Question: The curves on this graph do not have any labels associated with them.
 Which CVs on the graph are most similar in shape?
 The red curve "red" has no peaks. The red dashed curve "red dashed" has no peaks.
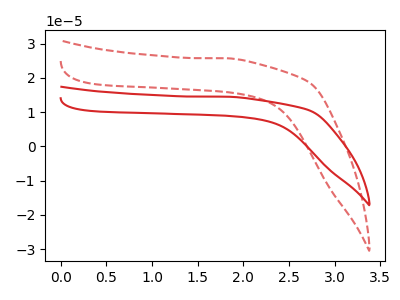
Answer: <think>Neither "red" or "red dashed" have any peaks.
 </think>
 <answer>"red dashed" and "red" have the same shape and are likely CV's of the same chemical.</answer>
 <eval>"red dashed" "red"</eval>